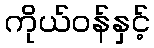
ကိုယ်ဝန်နှင့်